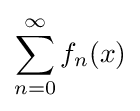
\sum _{n=0}^{\infty }f_{n}(x)